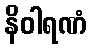
နိဝါရဏံ